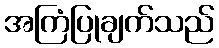
အကြံပြုချက်သည်